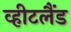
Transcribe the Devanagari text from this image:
व्हीटलैंड